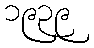
၁၉၃၉